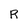
Character: R